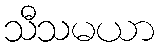
သီသမယာ